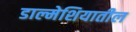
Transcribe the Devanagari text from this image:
डाल्मेशियातील